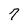
Character: 7